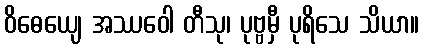
ဝိဓေယျေ အဿဝေါ တီသု၊ ပုဗ္ဗမှီ ပုရိသေ သိယာ။